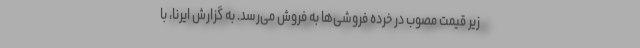
زیر قیمت مصوب در خرده فروشی‌ها به فروش می‌رسد. به گزارش ایرنا، با